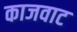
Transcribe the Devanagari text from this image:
काजवाट